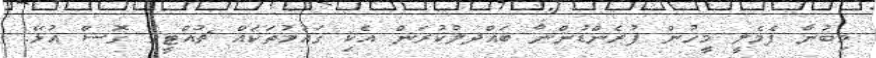
މިބުނާ ފެމެލީ މީހުން ފުރެންޑުންނާ ބައްދލުކުރަން އެކި ގައުމުތަކައް ޗުއްޓީގަ ގޮސް އުޅޭ.